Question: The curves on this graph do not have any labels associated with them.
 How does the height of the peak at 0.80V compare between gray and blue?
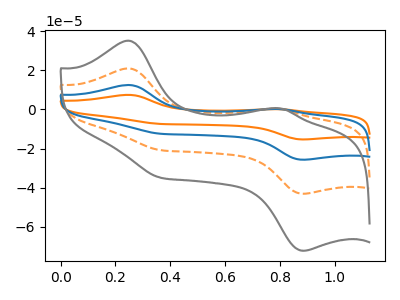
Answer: <think>The orange curve "orange" has anodic peaks at (0.25V, 62.90uA) (0.80V, 0.95uA) and cathodic peaks at (0.90V, -129.30uA) (0.35V, -62.55uA). The orange dashed curve "orange dashed" has anodic peaks at (0.25V, 20.95uA) (0.80V, 0.30uA) and cathodic peaks at (0.90V, -43.10uA) (0.35V, -20.85uA). The blue curve "blue" has anodic peaks at (0.25V, 41.95uA) (0.80V, 0.65uA) and cathodic peaks at (0.90V, -86.20uA) (0.35V, -41.70uA). The gray curve "gray" has anodic peaks at (0.25V, 35.15uA) (0.80V, 0.55uA) and cathodic peaks at (0.90V, -72.25uA) (0.35V, -34.95uA).</think>
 <answer>The peak at 0.80V is lower in "gray" than in "blue".</answer>
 <eval>lower</eval>